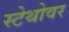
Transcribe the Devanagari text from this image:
स्टेथोवर